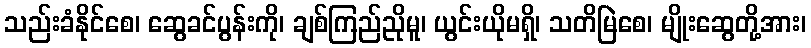
သည်းခံနိုင်စေ၊ ဆွေခင်ပွန်းကို၊ ချစ်ကြည်ညိုမူ၊ ယွင်းယိုမရှိ၊ သတိမြဲစေ၊ မျိုးဆွေတို့အား၊